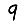
Digit: 9